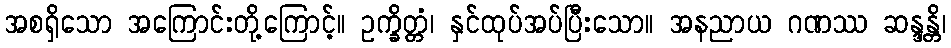
အစရှိသော အကြောင်းတို့ကြောင့်။ ဥက္ခိတ္တံ၊ နှင်ထုပ်အပ်ပြီးသော။ အနညာယ ဂဏဿ ဆန္ဒန္တိ၊